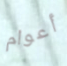
أعوام